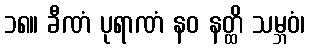
၁၈။ ခီဏံ ပုရာဏံ နဝ နတ္ထိ သမ္ဘဝံ၊